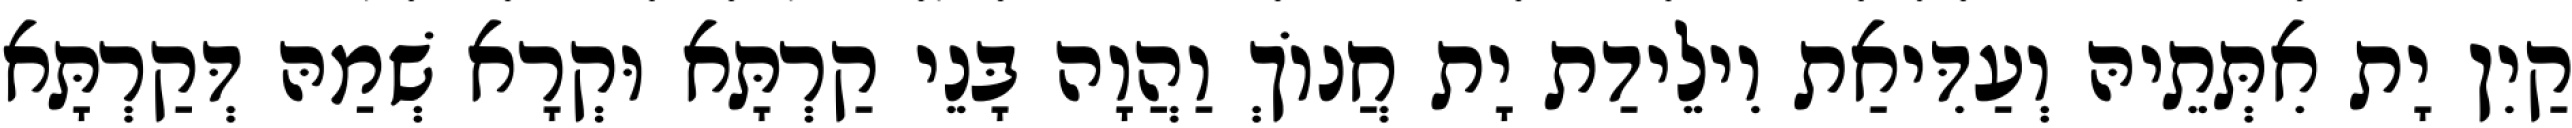
קַיִן יָת אִתְּתֵיהּ וְעַדִּיאַת וִילֵידַת יָת חֲנוֹךְ וַהֲוָה בָּנֵי קַרְתָּא וּקְרָא שְׁמַהּ דְּקַרְתָּא